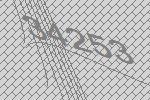
34253